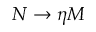
N \rightarrow \eta M